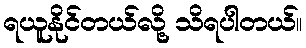
ရယူနိုင်တယ်လို့ သိရပါတယ်။